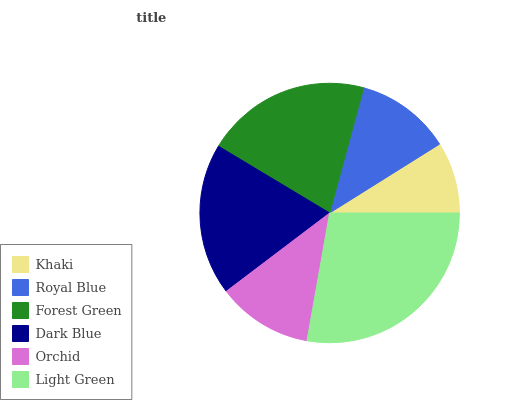
| Khaki | Royal Blue | Forest Green | Dark Blue | Orchid | Light Green |
 | --- | --- | --- | --- | --- | --- |
 | 8.9% | 11.8% | 20.7% | 18.9% | 11.9% | 27.8% |